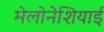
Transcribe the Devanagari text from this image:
मेलोनेशियाई